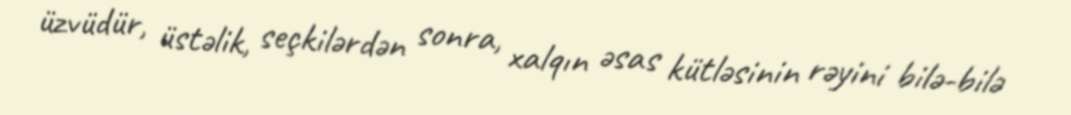
üzvüdür, üstəlik, seçkilərdən sonra, xalqın əsas kütləsinin rəyini bilə-bilə